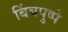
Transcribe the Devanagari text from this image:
बिंबपुष्पे